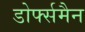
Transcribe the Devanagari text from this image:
डोर्फ्समैन